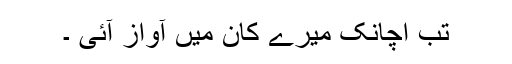
تب اچانک میرے کان میں آواز آئی ۔